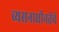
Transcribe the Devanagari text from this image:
व्यसनाधीनतेचे